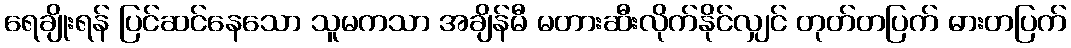
ရေချိုးရန် ပြင်ဆင်နေသော သူမကသာ အချိန်မီ မတားဆီးလိုက်နိုင်လျှင် တုတ်တပြက် ဓားတပြက်